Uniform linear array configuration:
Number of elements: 48
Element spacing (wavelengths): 1
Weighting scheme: cosine
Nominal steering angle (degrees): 15
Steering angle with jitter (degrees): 15.398
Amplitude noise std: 0.05
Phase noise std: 0.05

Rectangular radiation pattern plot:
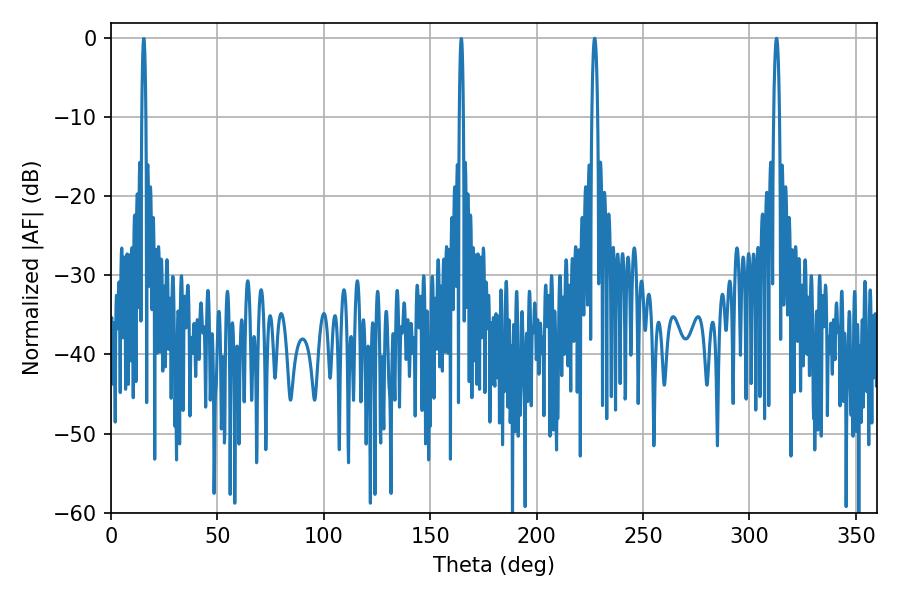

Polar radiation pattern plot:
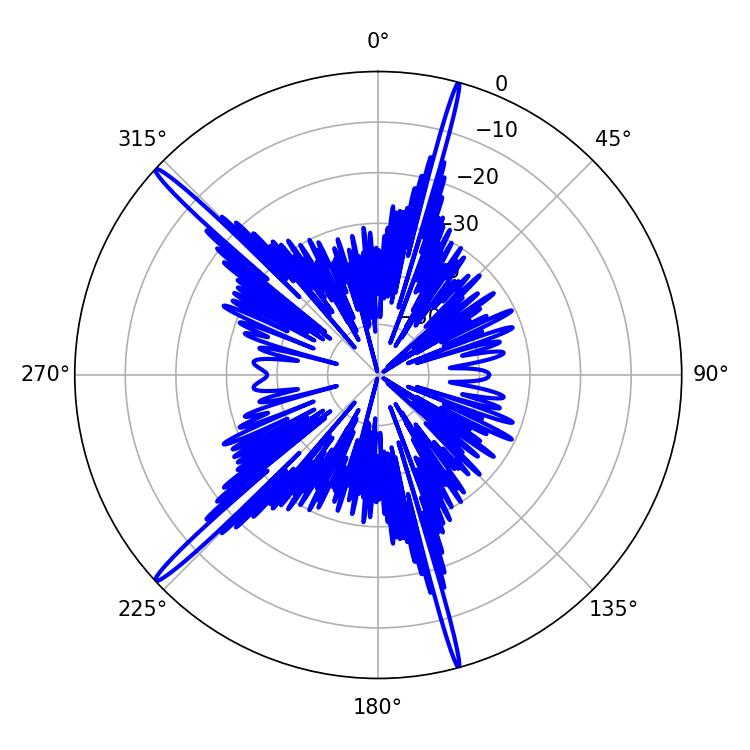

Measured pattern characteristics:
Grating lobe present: TRUE
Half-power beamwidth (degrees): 1.44
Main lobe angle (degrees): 312.66